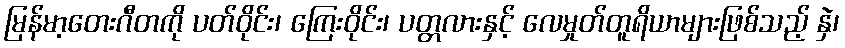
မြန်မာ့တေးဂီတကို ပတ်ဝိုင်း၊ ကြေးဝိုင်း၊ ပတ္တလားနှင့် လေမှုတ်တူရိယာများဖြစ်သည့် နှဲ၊